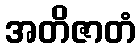
အတိဇာတံ